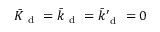
\bar { K } _ { \mathrm { ~ d ~ } } = \bar { k } _ { \mathrm { ~ d ~ } } = \bar { k } _ { \mathrm { ~ d ~ } } ^ { \prime } = 0